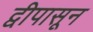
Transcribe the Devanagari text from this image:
द्वीपासून